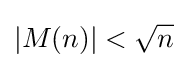
|M(n)|<{\sqrt {n}}